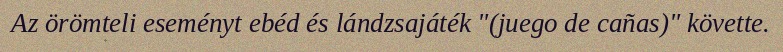
Az örömteli eseményt ebéd és lándzsajáték "(juego de cañas)" követte.